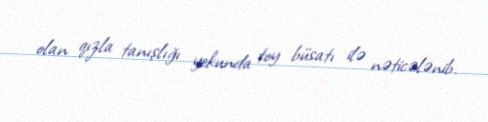
olan qızla tanışlığı yekunda toy büsatı ilə nəticələnib.